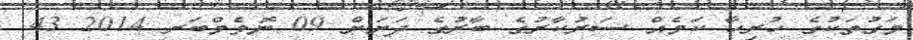
މަގުތަކުގެ ހުރިހާ ކަމެއް ސަރުކާރުގެ ބާރުގެ ދަަށަށް 09 ނޮވެމްބަރ 2014 43